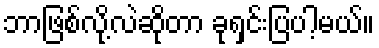
ဘာဖြစ်လို့လဲဆိုတာ ခုရှင်းပြပါ့မယ်။